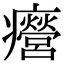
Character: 㿘